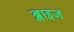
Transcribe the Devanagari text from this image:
ब्लाइज